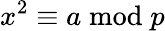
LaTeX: x^{2}\equiv a{\bmod{p}}